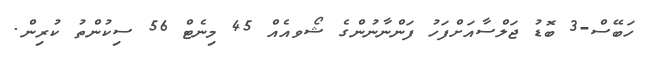
ހަބޭސް-3 ބޮޑު ޖަލްސާއަށްފަހު ފަންނާނުންގެ ޝޯވއެއް 45 މިނެޓް 56 ސިކުންތު ކުރިން.